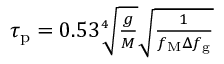
\begin{array} { r } { \tau _ { \mathrm { p } } = 0 . 5 3 \sqrt [ 4 ] { \frac { g } { M } } \sqrt { \frac { 1 } { f _ { \mathrm { M } } \Delta f _ { \mathrm { g } } } } } \end{array}